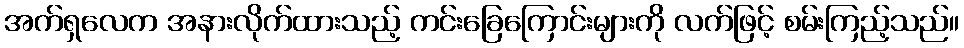
အက်ရှလေက အနားလိုက်ထားသည့် ကင်းခြေကြောင်းများကို လက်ဖြင့် စမ်းကြည့်သည်။